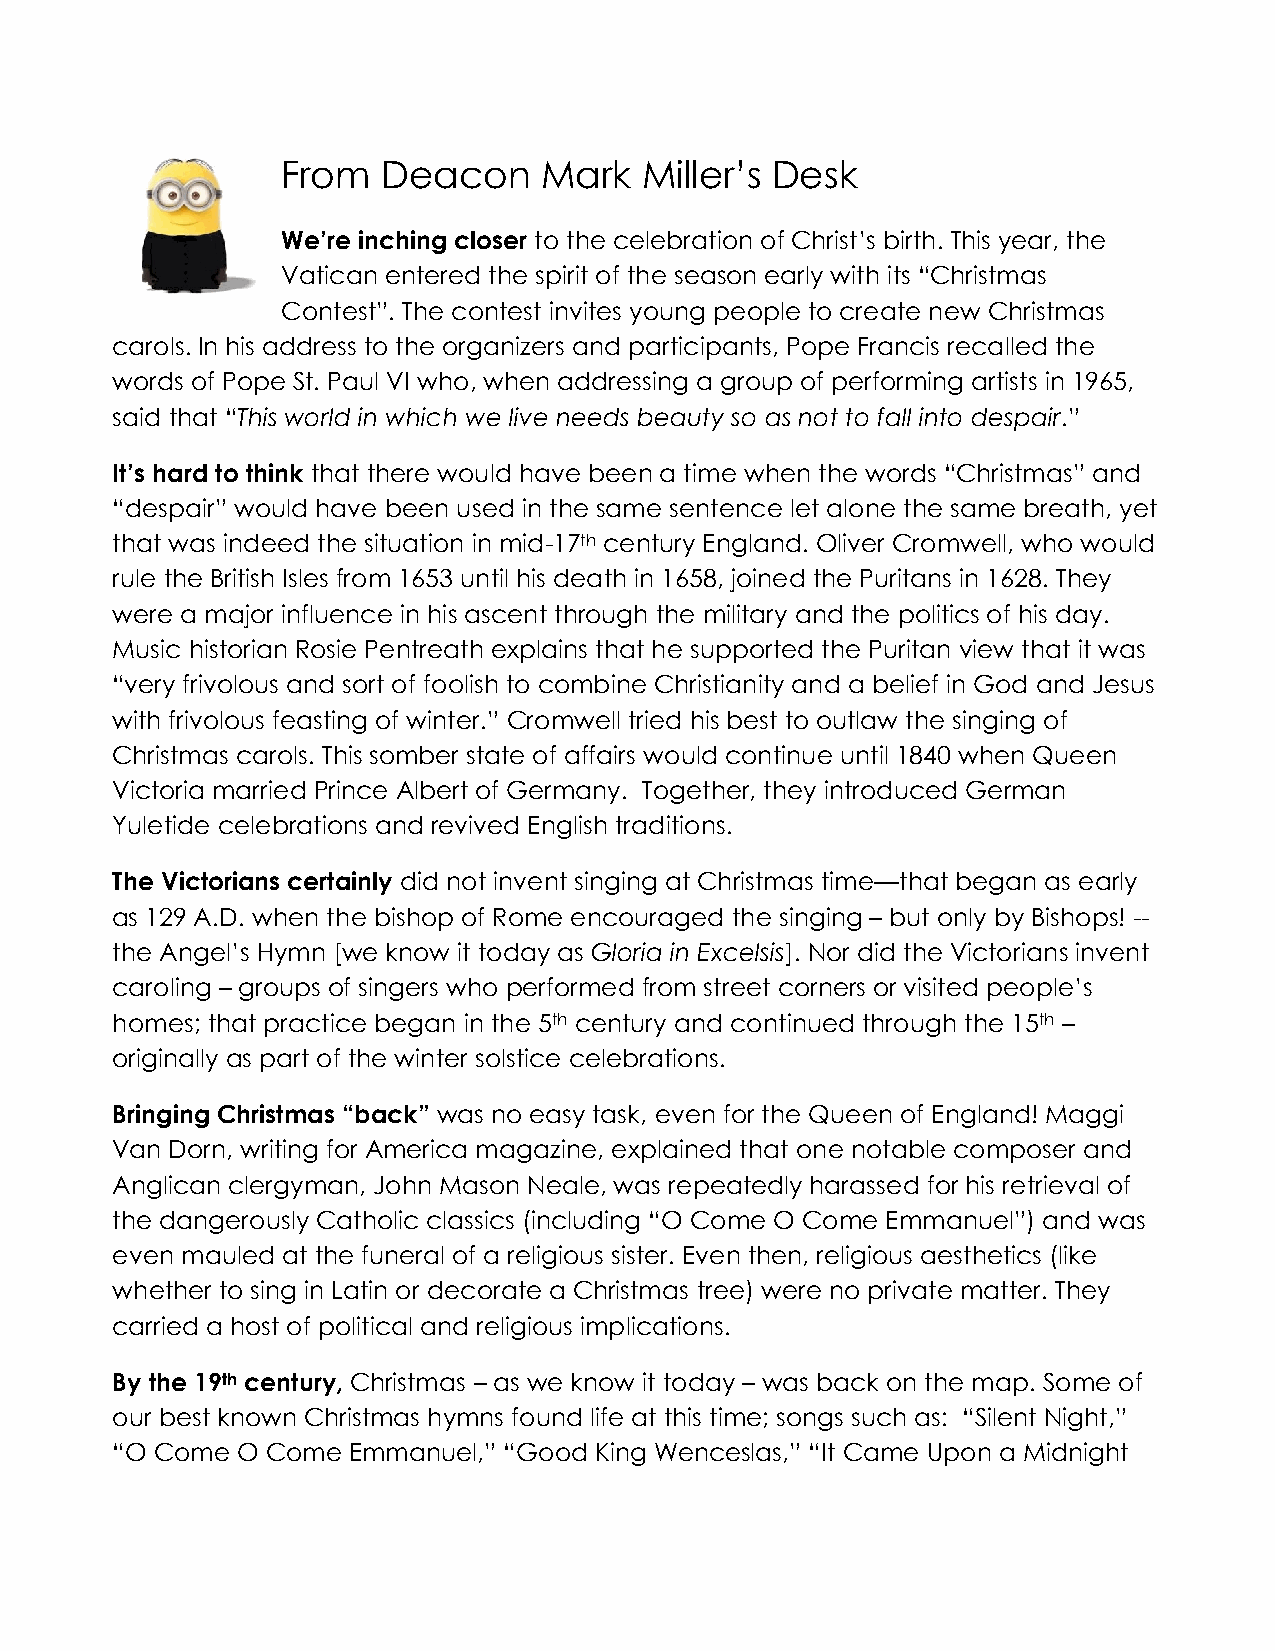
From  Deacon     Mark  Miller’s Desk
 We’re inching closer to the celebration of Christ’s birth. This year, the
 Vatican entered the spirit of the season early with its “Christmas
 Contest”. The contest invites young people to create new Christmas
 carols. In his address to the organizers and participants, Pope Francis recalled the
 words of Pope St. Paul VI who, when addressing a group of performing artists in 1965,
 said that “This world in which we live needs beauty so as not to fall into despair.”
 It’s hard to think that there would have been a time when the words “Christmas” and
 “despair” would have been used in the same sentence let alone the same breath, yet
 that was indeed the situation in mid-17th century England. Oliver Cromwell, who would
 rule the British Isles from 1653 until his death in 1658, joined the Puritans in 1628. They
 were a major influence in his ascent through the military and the politics of his day.
 Music historian Rosie Pentreath explains that he supported the Puritan view that it was
 “very frivolous and sort of foolish to combine Christianity and a belief in God and Jesus
 with frivolous feasting of winter.” Cromwell tried his best to outlaw the singing of
 Christmas carols. This somber state of affairs would continue until 1840 when Queen
 Victoria married Prince Albert of Germany. Together, they introduced German
 Yuletide celebrations and revived English traditions.
 The Victorians certainly did not invent singing at Christmas time—that began as early
 as 129 A.D. when the bishop of Rome encouraged the singing – but only by Bishops! --
 the Angel’s Hymn [we know it today as Gloria in Excelsis]. Nor did the Victorians invent
 caroling – groups of singers who performed from street corners or visited people’s
 homes; that practice began in the 5th century and continued through the 15th –
 originally as part of the winter solstice celebrations.
 Bringing Christmas “back” was no easy task, even for the Queen of England! Maggi
 Van Dorn, writing for America magazine, explained that one notable composer and
 Anglican clergyman, John Mason Neale, was repeatedly harassed for his retrieval of
 the dangerously Catholic classics (including “O Come O Come Emmanuel”) and was
 even mauled at the funeral of a religious sister. Even then, religious aesthetics (like
 whether to sing in Latin or decorate a Christmas tree) were no private matter. They
 carried a host of political and religious implications.
 By the 19th century, Christmas – as we know it today – was back on the map. Some of
 our best known Christmas hymns found life at this time; songs such as: “Silent Night,”
 “O Come  O Come Emmanuel,” “Good King Wenceslas,” “It Came Upon a Midnight